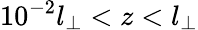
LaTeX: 10^{-2}l_{\perp}<z<l_{\perp}